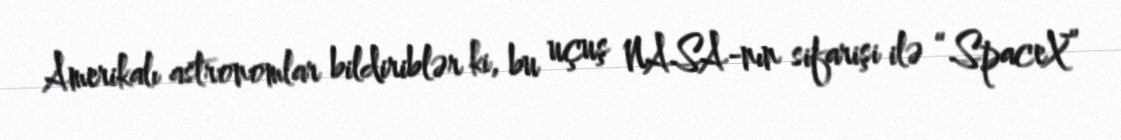
Amerikalı astronomlar bildiriblər ki, bu uçuş NASA-nın sifarişi ilə “SpaceX”